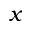
x